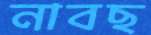
নাবছ